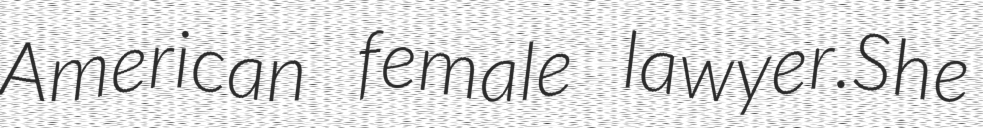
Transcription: American female lawyer.She